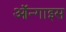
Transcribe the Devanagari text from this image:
ऑन्गाइस